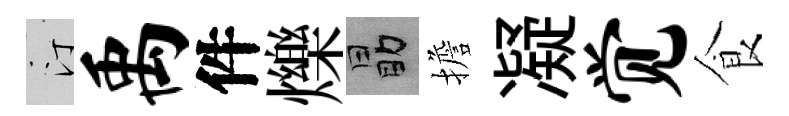
汀禹件爍勗擔凝觉食